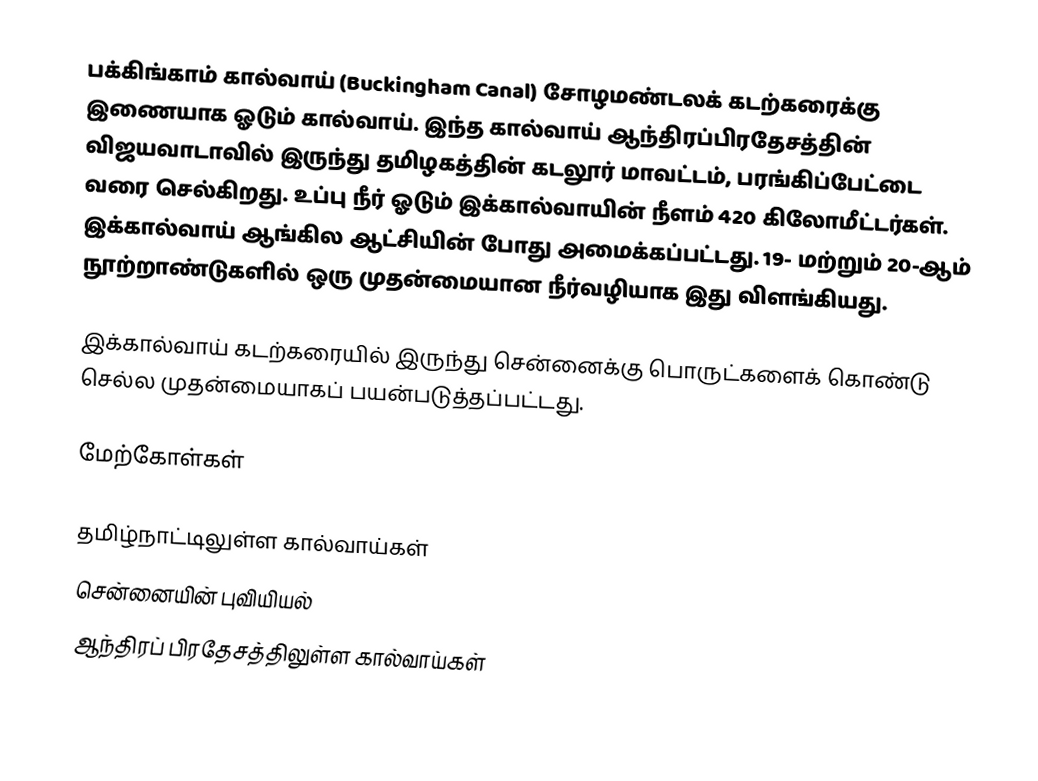
பக்கிங்காம் கால்வாய் (Buckingham Canal) சோழமண்டலக் கடற்கரைக்கு இணையாக ஓடும் கால்வாய். இந்த கால்வாய் ஆந்திரப்பிரதேசத்தின் விஜயவாடாவில் இருந்து தமிழகத்தின் கடலூர் மாவட்டம், பரங்கிப்பேட்டை வரை செல்கிறது. உப்பு நீர் ஓடும் இக்கால்வாயின் நீளம் 420 கிலோமீட்டர்கள். இக்கால்வாய் ஆங்கில ஆட்சியின் போது அமைக்கப்பட்டது. 19- மற்றும் 20-ஆம் நூற்றாண்டுகளில் ஒரு முதன்மையான நீர்வழியாக இது விளங்கியது.

இக்கால்வாய் கடற்கரையில் இருந்து சென்னைக்கு பொருட்களைக் கொண்டு செல்ல முதன்மையாகப் பயன்படுத்தப்பட்டது.

மேற்கோள்கள்

தமிழ்நாட்டிலுள்ள கால்வாய்கள்
சென்னையின் புவியியல்
ஆந்திரப் பிரதேசத்திலுள்ள கால்வாய்கள்